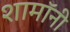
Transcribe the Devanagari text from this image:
शामॉनी